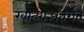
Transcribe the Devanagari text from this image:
खात्याअंतर्गत